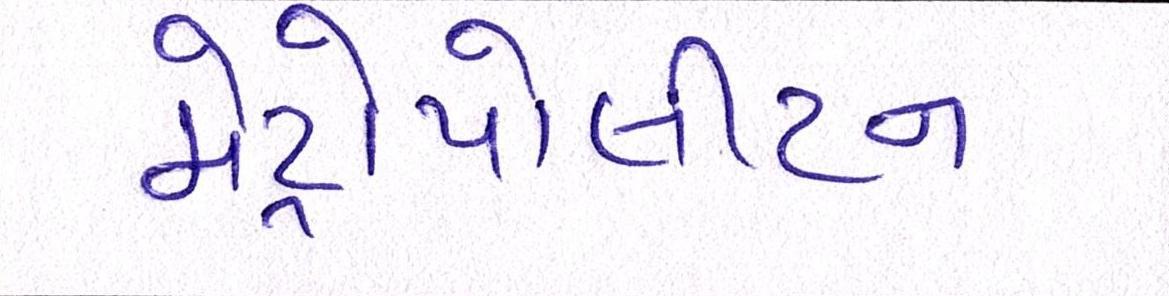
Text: મેટ્રોપોલીટન